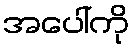
အပေါ်ကို